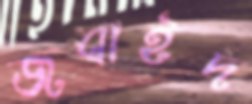
জবাইদ